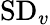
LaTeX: \mathrm{SD}_{v}